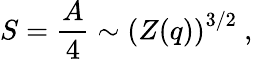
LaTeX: S={\frac{A}{4}}\sim\left(Z(q)\right)^{3/2}\ ,